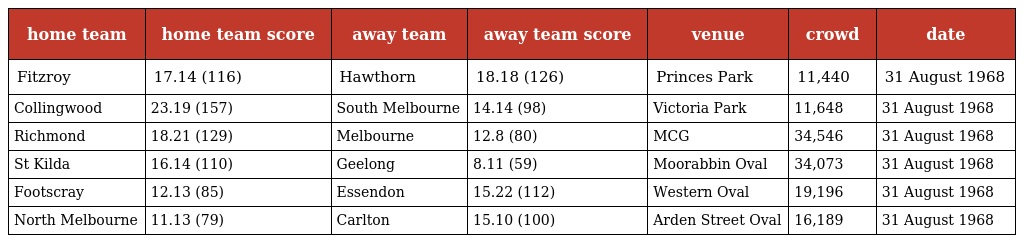
| home team | home team score | away team | away team score | venue | crowd | date |
 | --- | --- | --- | --- | --- | --- | --- |
 | Fitzroy | 17.14 (116) | Hawthorn | 18.18 (126) | Princes Park | 11,440 | 31 August 1968 |
 | Collingwood | 23.19 (157) | South Melbourne | 14.14 (98) | Victoria Park | 11,648 | 31 August 1968 |
 | Richmond | 18.21 (129) | Melbourne | 12.8 (80) | MCG | 34,546 | 31 August 1968 |
 | St Kilda | 16.14 (110) | Geelong | 8.11 (59) | Moorabbin Oval | 34,073 | 31 August 1968 |
 | Footscray | 12.13 (85) | Essendon | 15.22 (112) | Western Oval | 19,196 | 31 August 1968 |
 | North Melbourne | 11.13 (79) | Carlton | 15.10 (100) | Arden Street Oval | 16,189 | 31 August 1968 |